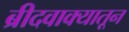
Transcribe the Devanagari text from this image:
ब्रीदवाक्यातून